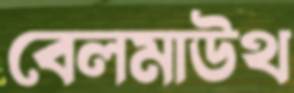
বেলমাউথ